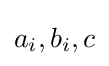
a_{i},b_{i},c